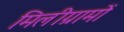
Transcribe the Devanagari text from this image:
मिलीग्रामों